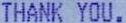
THANK YOU.